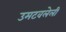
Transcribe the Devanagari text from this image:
उमटवलेली